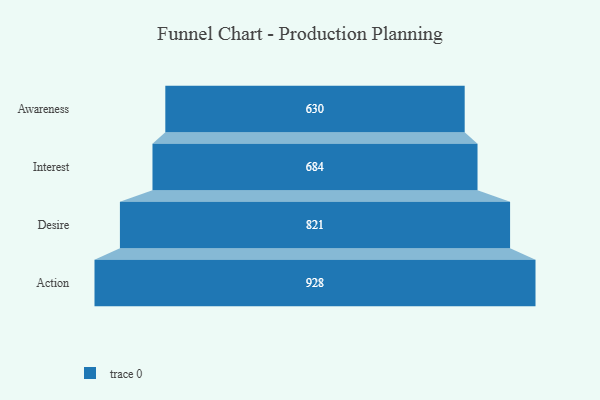
{"axis": {"x": "Stage", "y": "Value"}, "legend": [""], "data": [{"x": "Awareness", "y": 630.0, "type": ""}, {"x": "Interest", "y": 684.0, "type": ""}, {"x": "Desire", "y": 821.0, "type": ""}, {"x": "Action", "y": 928.0, "type": ""}]}